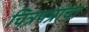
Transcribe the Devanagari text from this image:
चित्रपत्रांचा